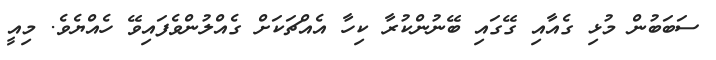
ސަބަބުން މުޅި ގެއާއި ގޭގައި ބޭނުންކުރާ ކިހާ އެއްޗަކަށް ގެއްލުންވެފައިވޭ ހެއްޔެވެ. މިއީ